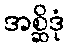
အစ္ဆိဒုံ